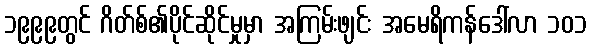
၁၉၉၉တွင် ဂိတ်စ်၏ပိုင်ဆိုင်မှုမှာ အကြမ်းဖျင်း အမေရိကန်ဒေါ်လာ ၁၀၁